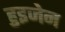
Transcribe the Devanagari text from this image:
हुइजेन